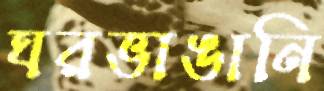
ঘরভাঙানি